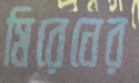
মিরেনের